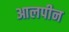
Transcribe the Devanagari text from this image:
आलपीन